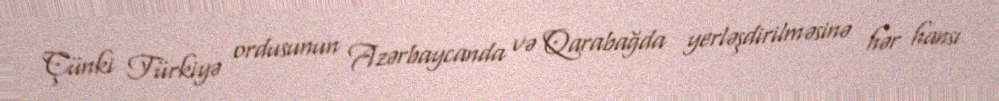
Çünki Türkiyə ordusunun Azərbaycanda və Qarabağda yerləşdirilməsinə hər hansı